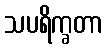
သပရိက္ခတာ